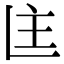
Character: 𬻻